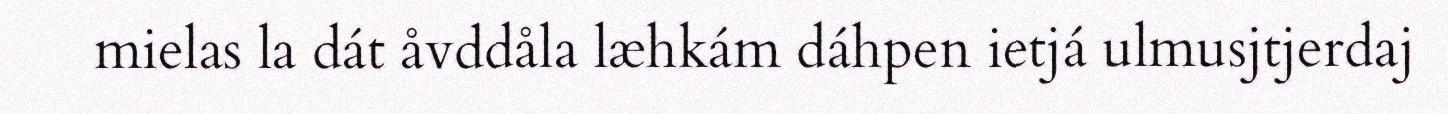
mielas la dát åvddåla læhkám dáhpen ietjá ulmusjtjerdaj